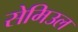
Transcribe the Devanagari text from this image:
सेमिउल